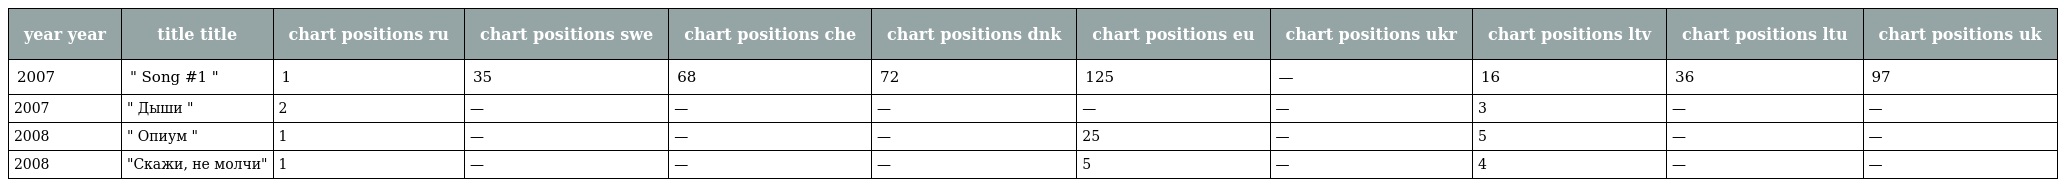
| year year | title title | chart positions ru | chart positions swe | chart positions che | chart positions dnk | chart positions eu | chart positions ukr | chart positions ltv | chart positions ltu | chart positions uk |
 | --- | --- | --- | --- | --- | --- | --- | --- | --- | --- | --- |
 | 2007 | " Song #1 " | 1 | 35 | 68 | 72 | 125 | — | 16 | 36 | 97 |
 | 2007 | " Дыши " | 2 | — | — | — | — | — | 3 | — | — |
 | 2008 | " Опиум " | 1 | — | — | — | 25 | — | 5 | — | — |
 | 2008 | "Скажи, не молчи" | 1 | — | — | — | 5 | — | 4 | — | — |